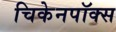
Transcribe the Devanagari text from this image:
चिकेनपॉक्स